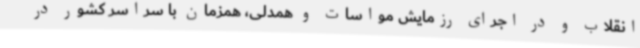
انقلاب و در اجرای رزمایش مواسات و همدلی، همزمان با سراسر کشور در